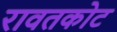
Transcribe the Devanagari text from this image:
रावतकोट